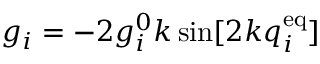
g _ { i } = - 2 g _ { i } ^ { 0 } k \sin [ 2 k q _ { i } ^ { \mathrm { e q } } ]